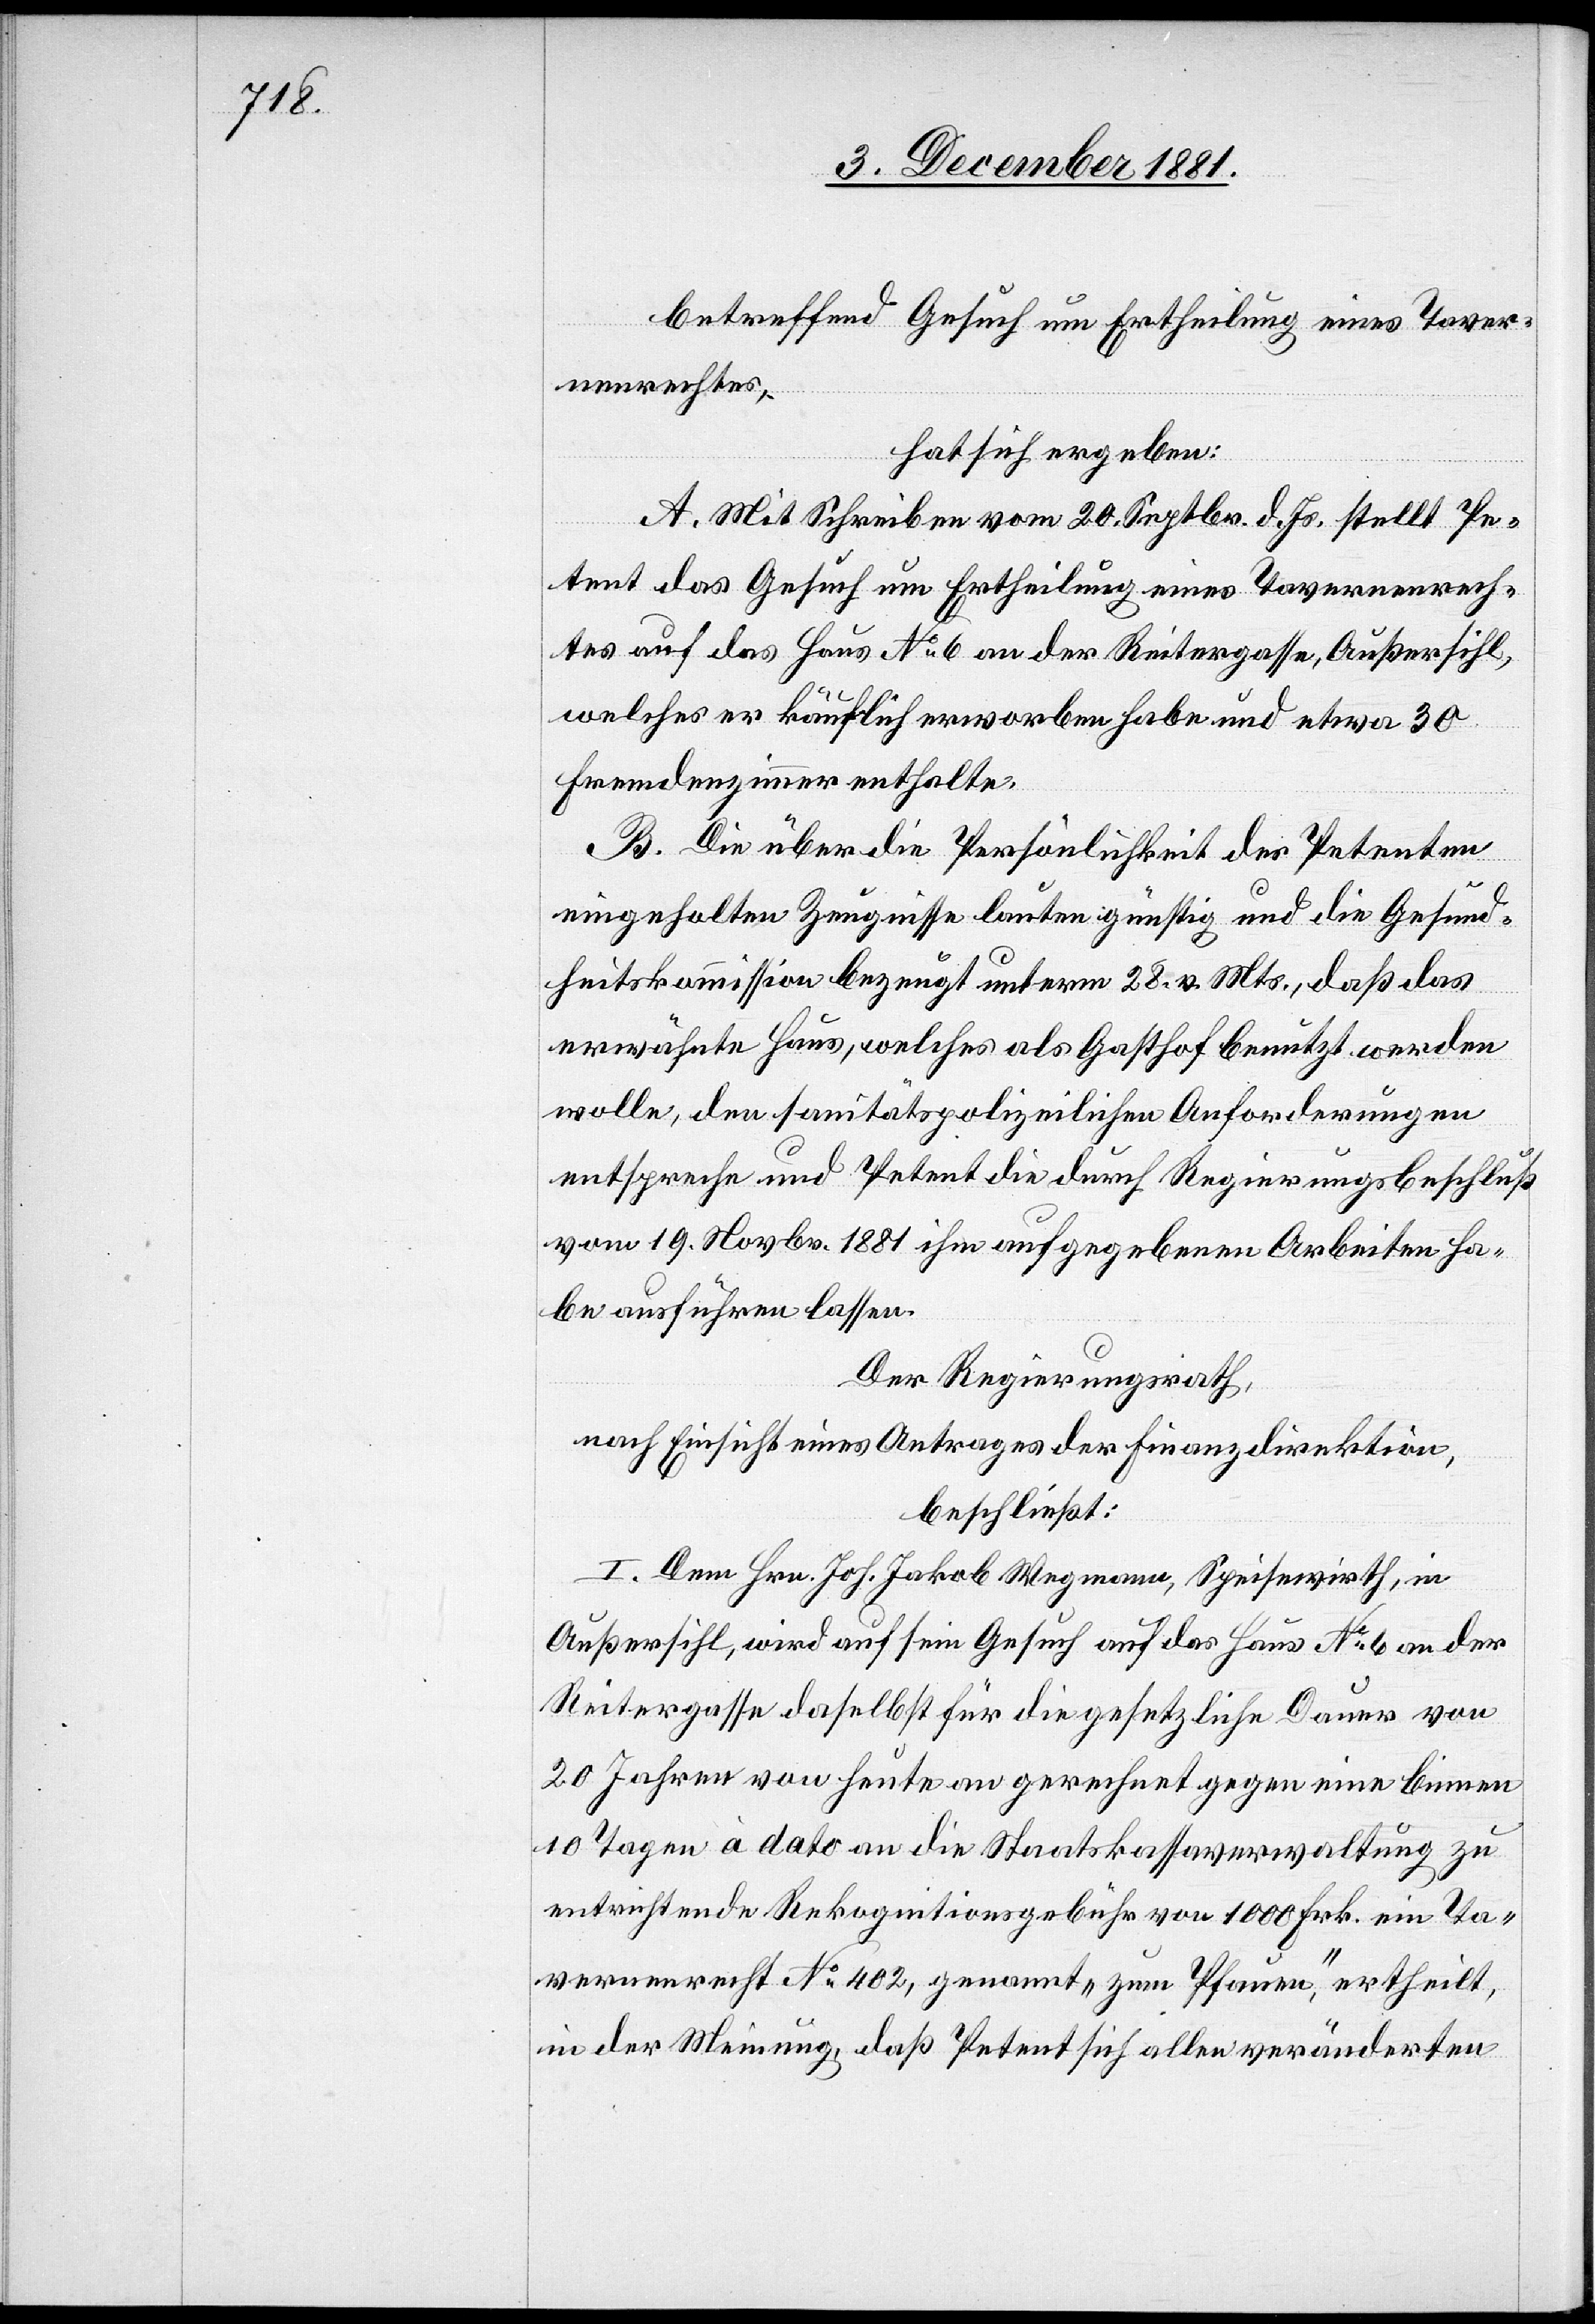
betreffend Gesuch um Ertheilung eines Taver¬
nenrechtes,
hat sich ergeben:
A. Mit Schreiben vom 20. Septbr. d. Js. stellt Pe¬
tent das Gesuch um Ertheilung eines Tavernenrech¬
tes auf das Haus No 6 an der Reitergasse, Außersihl,
welches er käuflich erworben habe und etwa 30
Fremdenzimmer enthalte.
B. Die über die Persönlichkeit des Petenten
eingeholten Zeugnisse lauten günstig und die Gesund¬
heitskommission bezeugt unterm 28. v. Mts., daß das
erwähnte Haus, welches als Gasthof benutzt werden
wolle, den sanitätspolizeilichen Anforderungen
entspreche und Petent die durch Regierungsbeschluß
vom 19. Novbr. 1881 ihm aufgegebenen Arbeiten ha¬
be ausführen lassen.
Der Regierungsrath,
nach Einsicht eines Antrages der Finanzdirektion,
beschließt:
I. Dem Hrn. Joh. Jakob Wegmann, Speisewirth, in
Außersihl, wird auf sein Gesuch auf das Haus No 6 an der
Reitergasse daselbst für die gesetzliche Dauer von
20 Jahren von heute an gerechnet gegen eine binnen
10 Tagen à dato an die Staatskassaverwaltung zu
entrichtende Rekognitionsgebühr von 1000 Frk. ein Ta¬
vernenrecht No 402, genannt „zum Pfauen“, ertheilt,
in der Meinung daß Petent sich allen veränderten